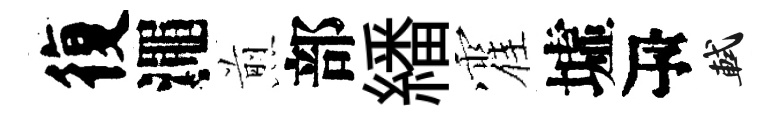
復澠煎部繙霍墟瓴軾